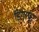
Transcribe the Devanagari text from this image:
डिंगरपूर